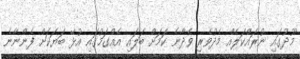
މޫދުގައި ނުރައްކަލެއް މެދުވެރި ވެދާނެ ކަމަށް ބަލައި އެއްގަމުގައި އުޅޭ ބަޔަކަށް ފެންނާނެ